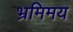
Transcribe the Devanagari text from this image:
भ्रमिमय